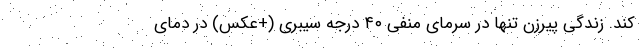
‌کند. زندگی پیرزن تنها در سرمای منفی ۴۰ درجه سیبری (+عکس) در دمای